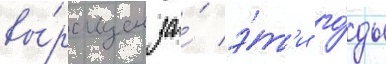
вы́ращен за́ э́т'и го́ды